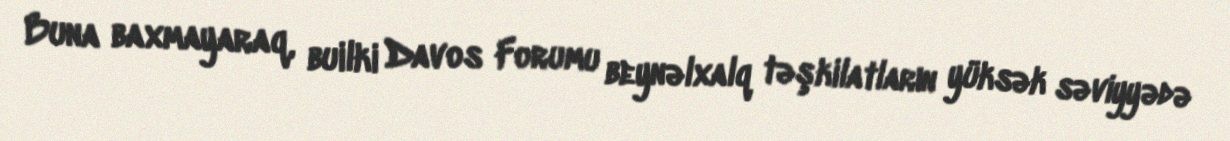
Buna baxmayaraq, builki Davos Forumu beynəlxalq təşkilatların yüksək səviyyədə